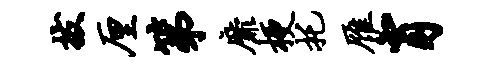
拔厘第靡梗托雁肖